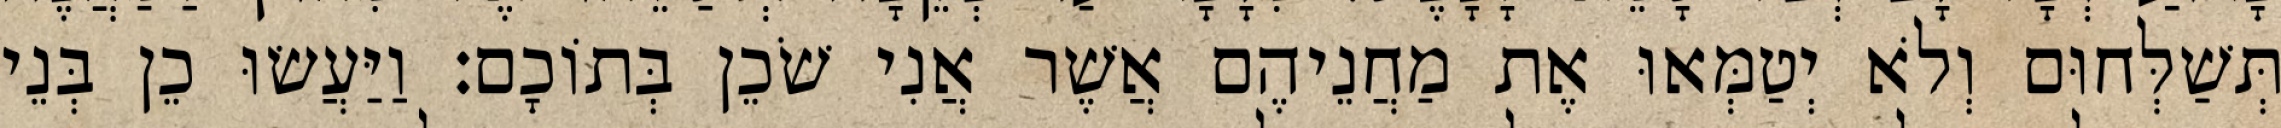
תְּשַׁלְּחוּם וְלֹא יְטַמְּאוּ אֶת מַחֲנֵיהֶם אֲשֶׁר אֲנִי שֹׁכֵן בְּתוֹכָם׃ וַיַּעֲשׂוּ כֵן בְּנֵי